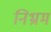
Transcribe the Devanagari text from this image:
निभ्रम